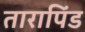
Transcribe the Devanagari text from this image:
तारापिंड